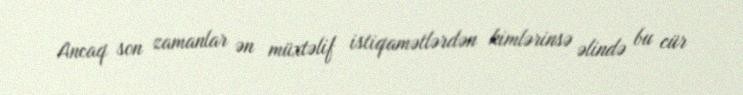
Ancaq son zamanlar ən müxtəlif istiqamətlərdən kimlərinsə əlində bu cür